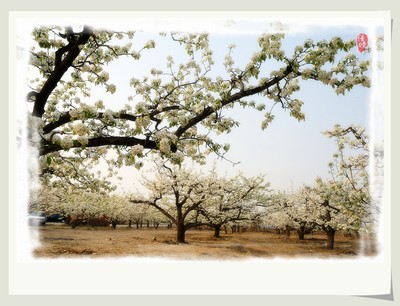
水晶帘外娟娟月，梨花枝上层层雪。